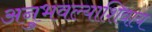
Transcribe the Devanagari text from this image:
अनुभवल्याशिवाय